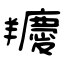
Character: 羻